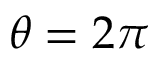
\theta = 2 \pi